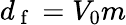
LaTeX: d_{\mathrm{~f~}}=V_{0}m